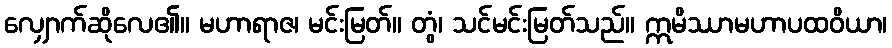
လျှောက်ဆိုလေ၏။ မဟာရာဇ၊ မင်းမြတ်။ တွံ၊ သင်မင်းမြတ်သည်။ ဣမိဿာမဟာပထဝိယာ၊